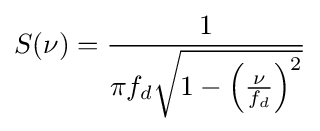
S(\nu )={\frac {1}{\pi f_{d}{\sqrt {1-\left({\frac {\nu }{f_{d}}}\right)^{2}}}}}